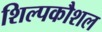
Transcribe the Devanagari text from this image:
शिल्पकौशल